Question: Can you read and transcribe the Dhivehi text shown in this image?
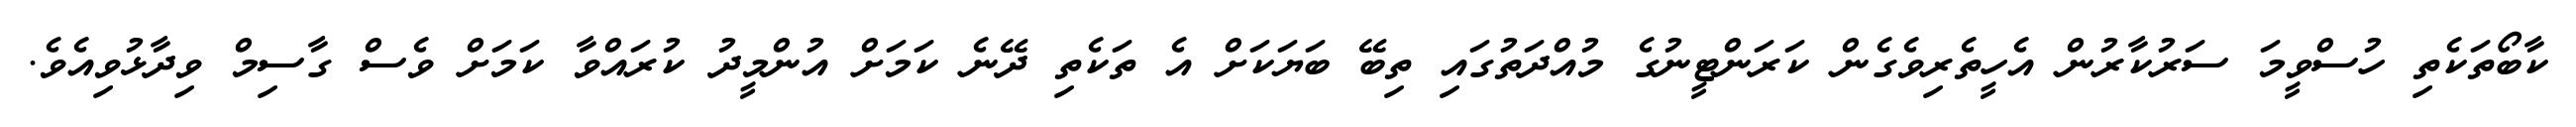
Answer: ކާބޯތަކެތި ހުސްވީމަ ސަރުކާރުން އެހީތެރިވެގެން ކަރަންޓީނުގެ މުއްދަތުގައި ތިބޭ ބަޔަކަށް އެ ތަކެތި ދޭނެ ކަމަށް އުންމީދު ކުރައްވާ ކަމަށް ވެސް ގާސިމް ވިދާޅުވިއެވެ.